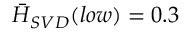
\bar { H } _ { S V D } ( l o w ) = 0 . 3